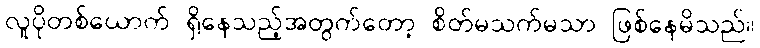
လူပိုတစ်ယောက် ရှိနေသည့်အတွက်တော့ စိတ်မသက်မသာ ဖြစ်နေမိသည်။